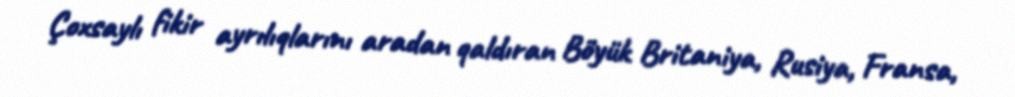
Çoxsaylı fikir ayrılıqlarını aradan qaldıran Böyük Britaniya, Rusiya, Fransa,